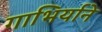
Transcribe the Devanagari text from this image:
गाभिर्याने